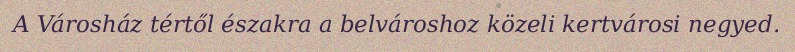
A Városház tértől északra a belvároshoz közeli kertvárosi negyed.